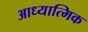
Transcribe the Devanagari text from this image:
आध्‍यात्मिक